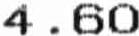
4.60